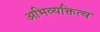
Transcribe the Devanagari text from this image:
अभिव्यक्तित्व